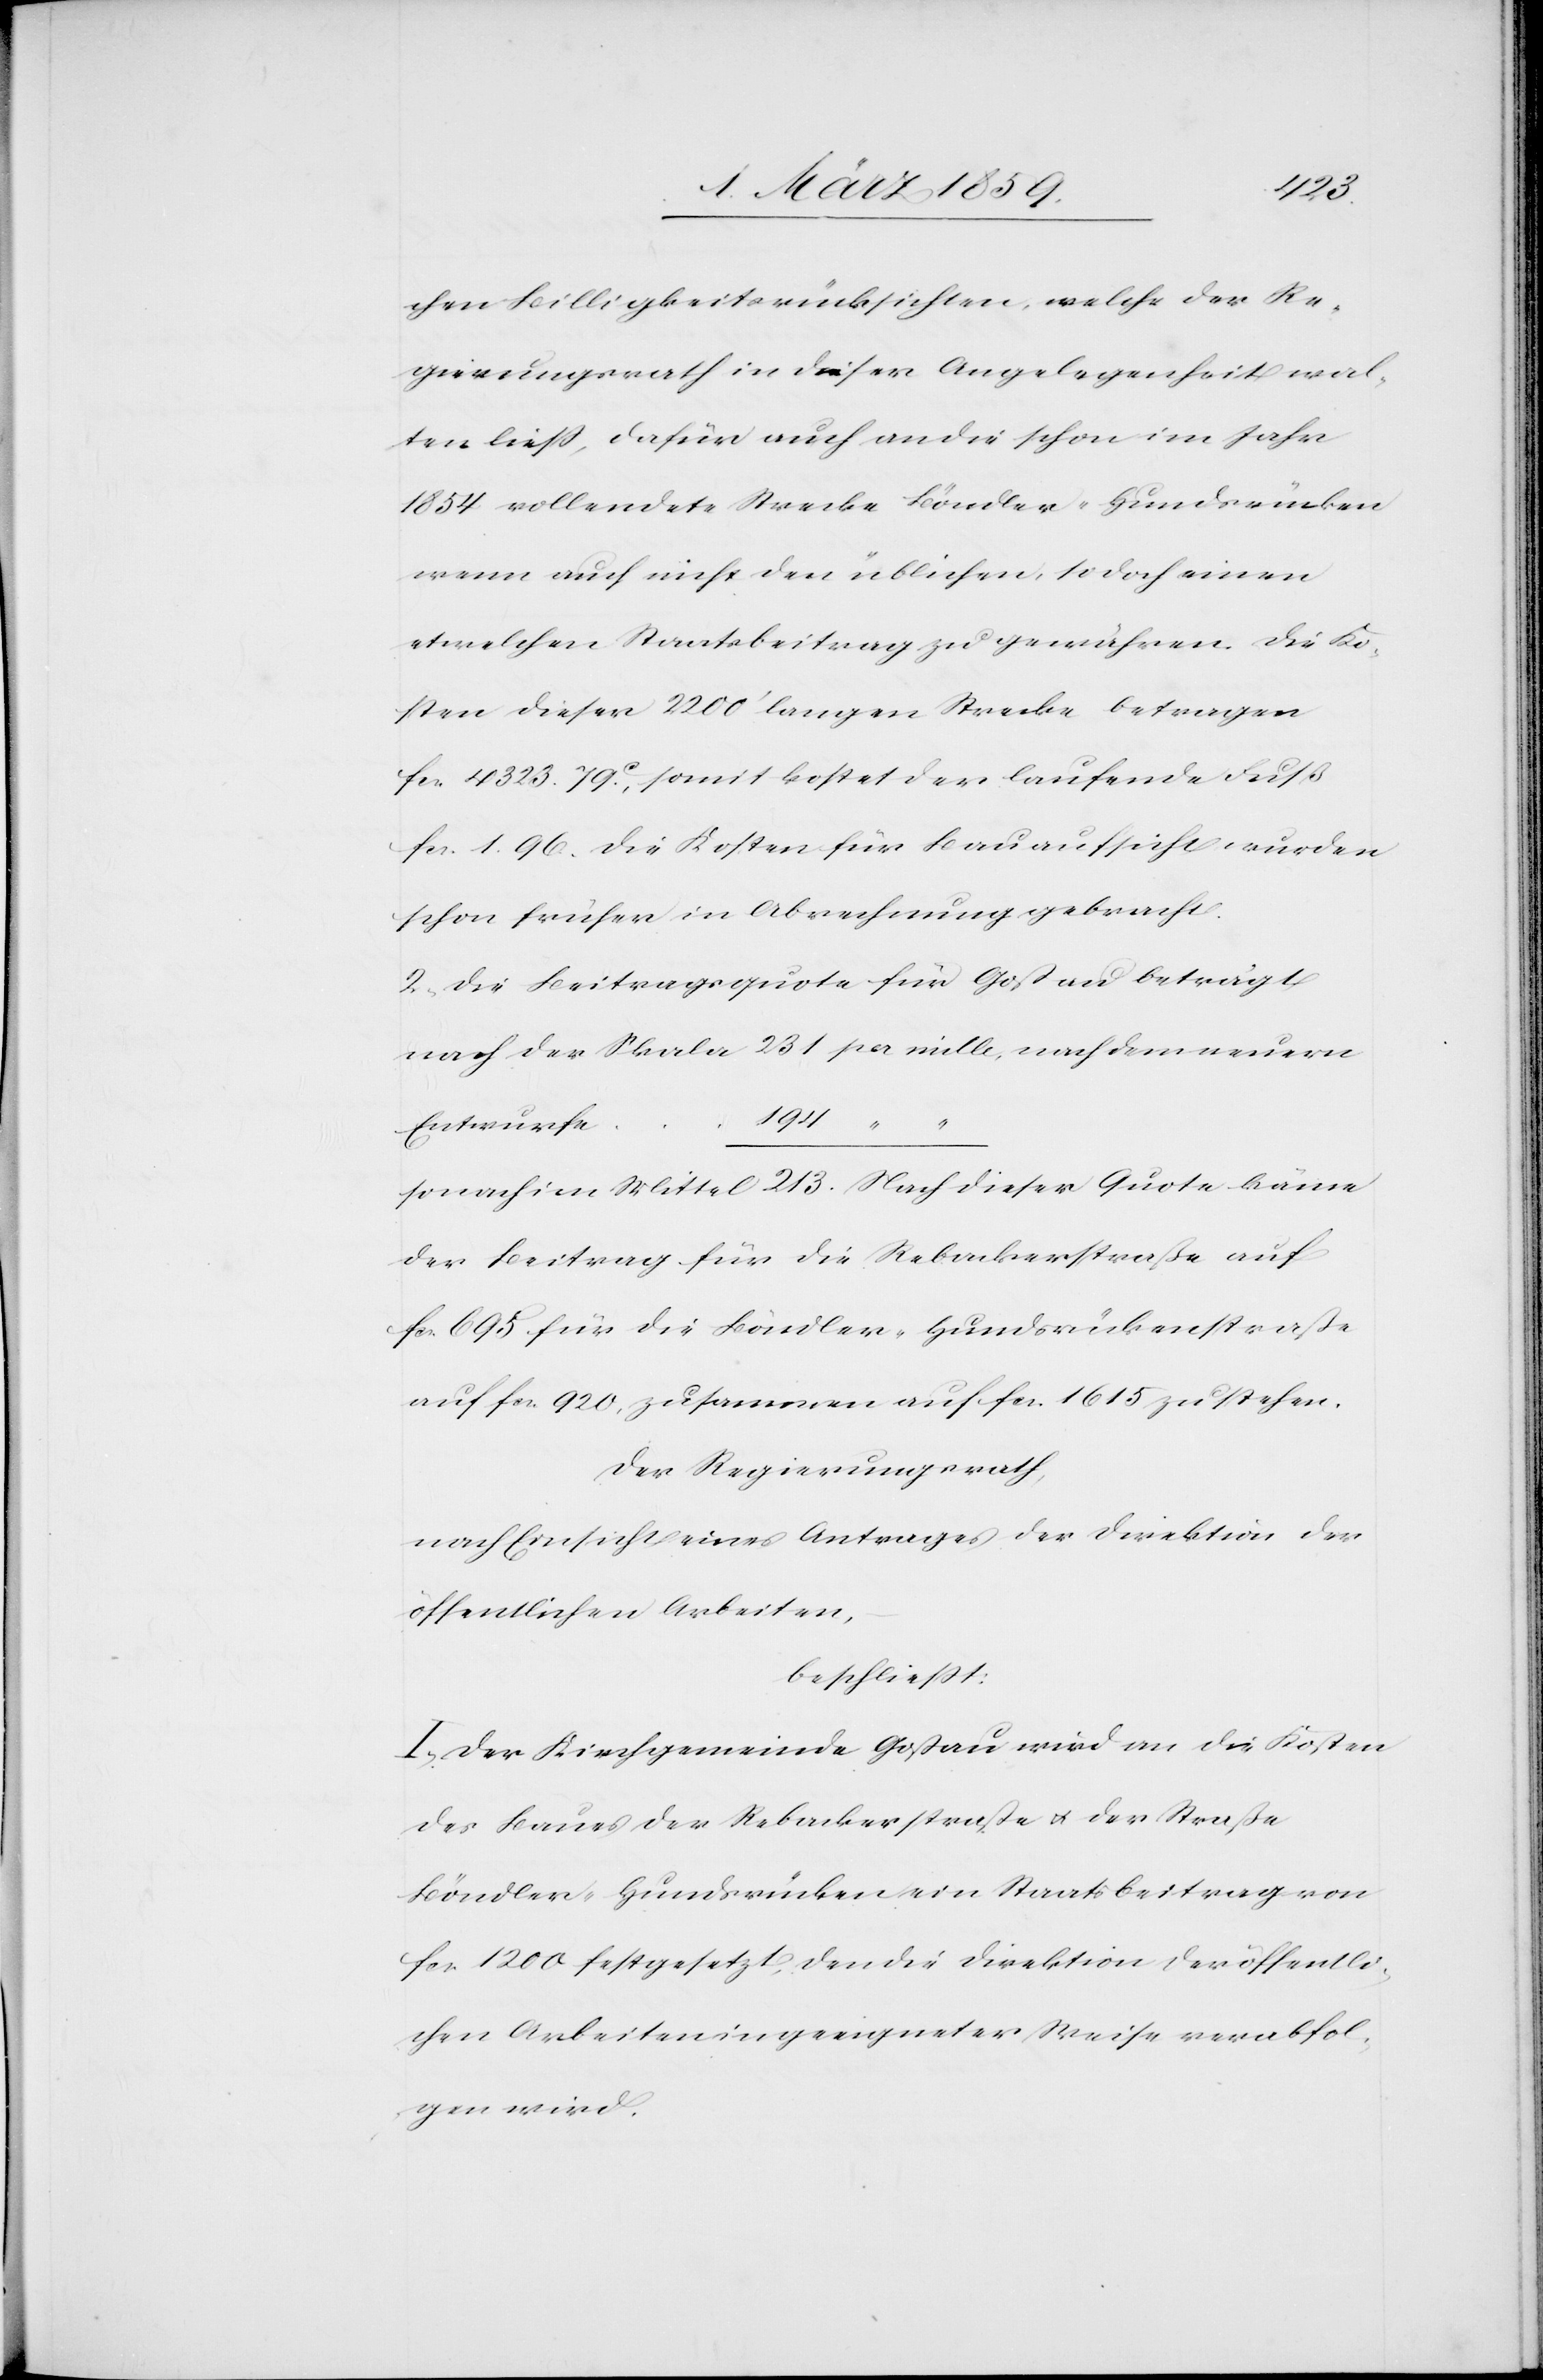
chen Billigkeitsrücksichten, welche der Re¬
gierungsrath in dieser Angelegenheit wal¬
ten ließ, dafür auch an die schon im Jahre
1854 vollendete Strecke Böndler–Hundsrücken
wenn auch nicht den üblichen, so doch einen
etwelchen Staatsbeitrag zu gewähren. Die Ko¬
sten dieser 2200‘ langen Strecke betragen
fcs. 4323. 79 c., somit kostet der laufende Fuß
fcs. 1. 96. Die Kosten für Bauaufsicht wurden
schon früher in Abrechnung gebracht.
2) Die Betragsquote für Goßau beträgt
nach der Skala 231 per mille, nach dem neuern
194
sonach im Mittel 213. Nach dieser Quota käme
der Beitrag für die Rebackerstraße auf
fcs. 695. für die Böndler–Hundsrückenstraße
auf fcs. 920, zusammen auf fcs. 1615 zu stehen.
Der Regierungsrath,
nach Einsicht eines Antrages der Direktion der
öffentlichen Arbeiten,
beschließt:
I. Der Kirchgemeinde Goßau wird an die Kosten
des Baues der Rebackerstraße u. der Straße
Böndler–Hundsrücken ein Staatsbeitrag von
fcs. 1200 festgesetzt, den die Direktion der öffentli¬
chen Arbeiten in geeigneter Weise verabfol¬
gen wird.